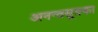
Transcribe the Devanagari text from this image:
अनन्तसूत्रका